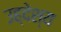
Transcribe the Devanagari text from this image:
उह्देश्य